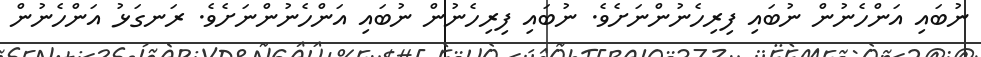
ނުބައި އަންހެނުން ނުބައި ފިރިހެނުންނަށެވެ. ނުބައި ފިރިހެނުން ނުބައި އަންހެނުންނަށެވެ. ރަނގަޅު އަންހެނުން